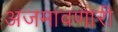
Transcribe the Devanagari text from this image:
अजमावणारी